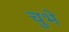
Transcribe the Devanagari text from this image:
चुभे